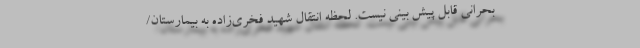
بحرانی قابل پیش بینی نیست. لحظه انتقال شهید فخری‌زاده به بیمارستان/